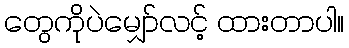
တွေကိုပဲမျှော်လင့် ထားတာပါ။